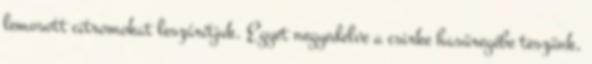
lemosott citromokat leszárítjuk. Egyet negyedelve a csirke hasüregébe teszünk,